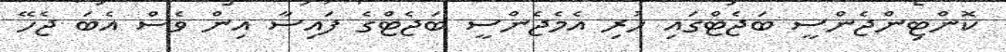
ކޮންޓިންޖެންސީ ބަޖެޓްގައި ހުރި އެމެޖެންސީ ބަޖެޓްގެ ފައިސާ އިން ވެސް އެބަ ޖެހޭ